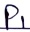
Text: P1